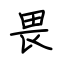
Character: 畏